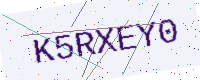
Text: K5RXEY0